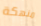
منهكة